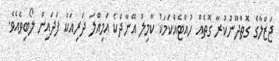
ޖަޒްލާގެ ގޮތްދޫނުކުރާ ގޮތެއް ހުއްޓެއްކަމަކު ކާމިލު އޭނާދެކެ އަމިއްލަ ދަރިއަކު ފަދައިން ލޯބިވެއެވެ.